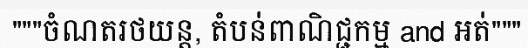
"""ចំណតរថយន្ត, តំបន់ពាណិជ្ជកម្ម and អត់"""